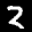
Label: 2